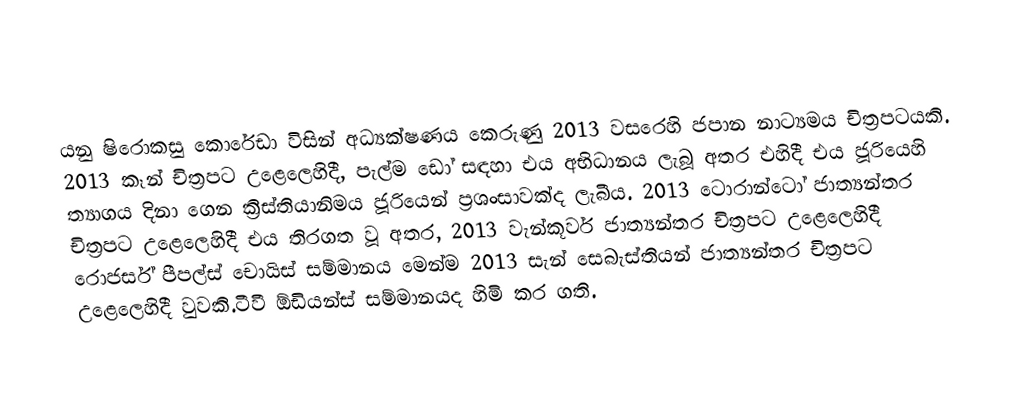
යනු  ෂිරොකසු කොරේඩා විසින් අධ්‍යක්ෂණය කෙරුණු 2013 වසරෙහි ජපාන නාට්‍යමය චිත්‍රපටයකි.   2013 කෑන් චිත්‍රපට උළෙලෙහිදී, පැල්ම ඩෝ සඳහා එය අභිධානය ලැබූ අතර  එහිදී එය  ජූරියෙහි ත්‍යාගය දිනා ගෙන ක්‍රිස්තියානිමය ජූරියෙන්  ප්‍රශංසාවක්ද ලැබීය.  2013 ටොරාන්ටෝ ජාත්‍යන්තර චිත්‍රපට උළෙලෙහිදී එය තිරගත වූ අතර, 2013 වැන්කූවර් ජාත්‍යන්තර චිත්‍රපට උළෙලෙහිදී රොජර්ස් පීපල්ස් චොයිස් සම්මානය මෙන්ම 2013  සැන් සෙබැස්තියන් ජාත්‍යන්තර චිත්‍රපට උළෙලෙහිදී වුවකි.ටීවී ඕඩියන්ස් සම්මානයද හිමි කර ගති.